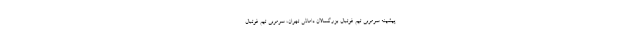
پیشینه سرمربی تیم فوتبال بزرگسالان داماش تهران، سرمربی تیم فوتبال